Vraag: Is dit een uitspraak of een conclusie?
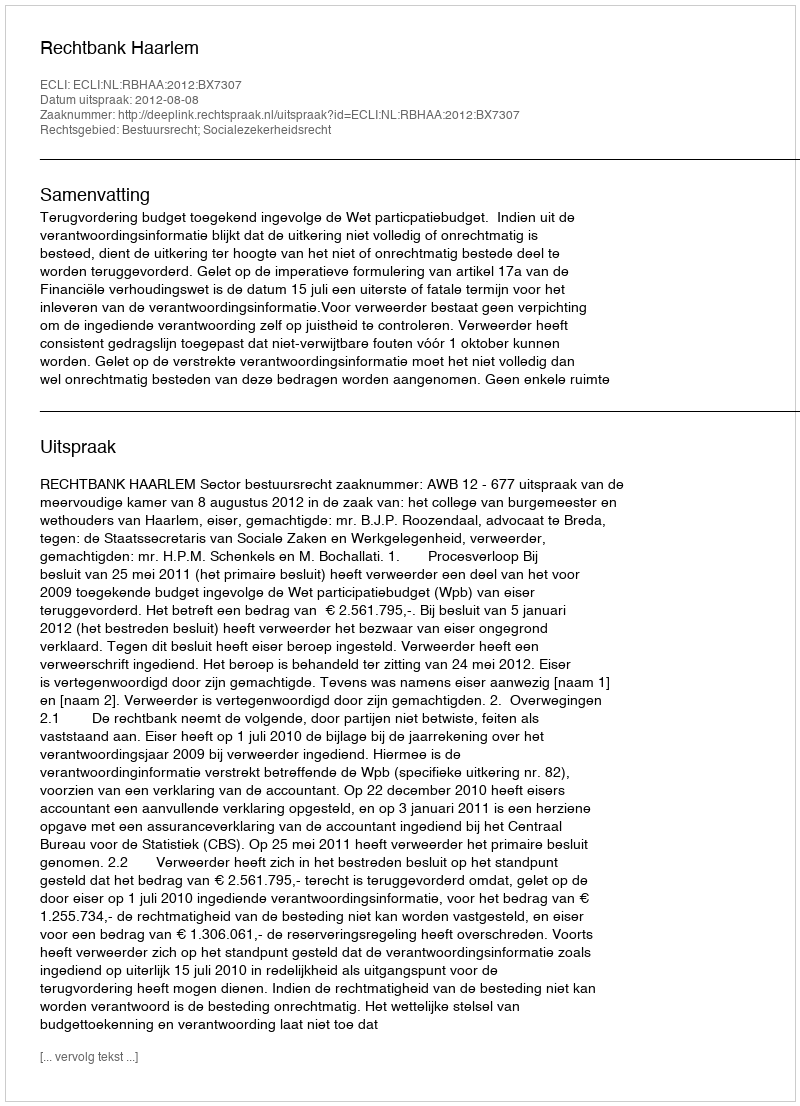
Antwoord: Uitspraak